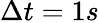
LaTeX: \Delta t=1s